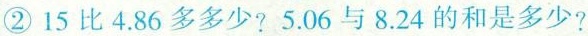
②15比4.86多多少?5.06与8.24的和是多少?